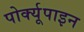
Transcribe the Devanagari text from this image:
पोर्क्यूपाइन